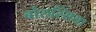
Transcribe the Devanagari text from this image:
बोरुस्सिया